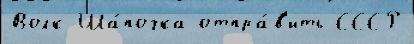
Волк Ша́почка отпра́в'ить СССР